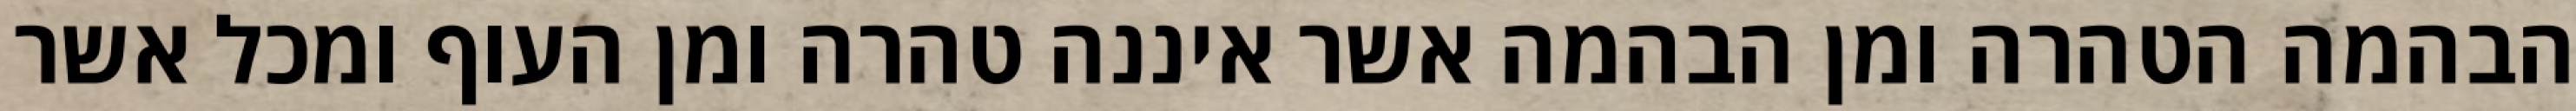
הבהמה הטהרה ומן הבהמה אשר איננה טהרה ומן העוף ומכל אשר